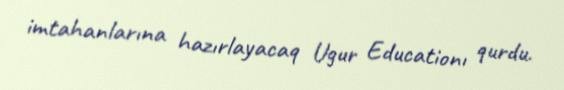
imtahanlarına hazırlayacaq Ugur Educationı qurdu.